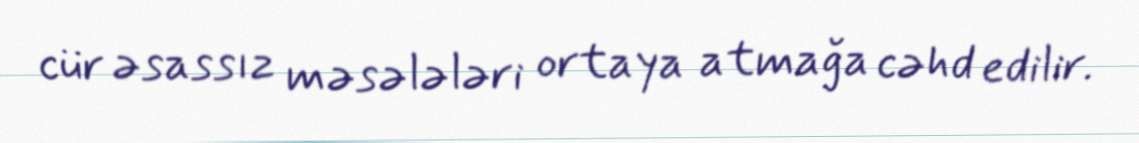
cür əsassız məsələləri ortaya atmağa cəhd edilir.